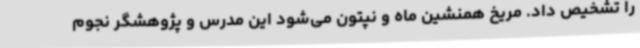
را تشخیص داد. مریخ همنشین ماه و نپتون می‌شود این مدرس و پژوهشگر نجوم